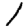
Digit: 1